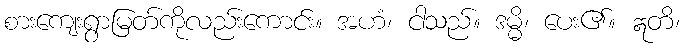
စားကျေးရွာမြတ်ကိုလည်းကောင်း။ အဟံ၊ ငါသည်။ ဒမ္မိ၊ ပေး၏။ ဣတိ၊